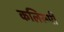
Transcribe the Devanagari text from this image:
कलिरूपी